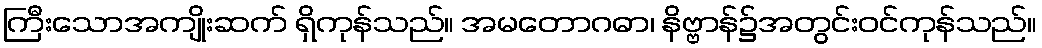
ကြီးသောအကျိုးဆက် ရှိကုန်သည်။ အမတောဂဓာ၊ နိဗ္ဗာန်၌အတွင်းဝင်ကုန်သည်။